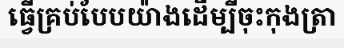
ធ្វើគ្រប់បែបយ៉ាងដើម្បីចុះកុងត្រា